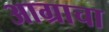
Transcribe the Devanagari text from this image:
आग्राचा